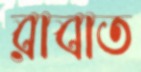
রাবাত